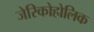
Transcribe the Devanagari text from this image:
जेरिकोहोलिक